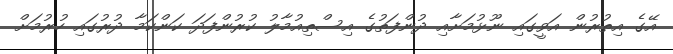
އޭގެ އިތުރުން އަވީގައި ނޫޅުމަށާއި ދުންފަތުގެ އިސްތިއުމާލު ކުރުންފަދަ ކަންކަމާ ދުރުގައި ހުރުމަށް